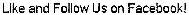
LIKE AND FOLLOW US ON FACEBOOK!